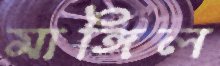
মাঙ্গিল